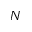
N